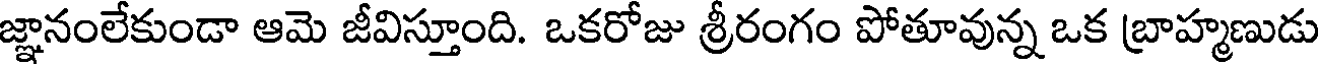
జ్ఞానంలేకుండా ఆమె జీవిస్తూంది. ఒకరోజు శ్రీరంగం పోతూవున్న ఒక బ్రాహ్మణుడు